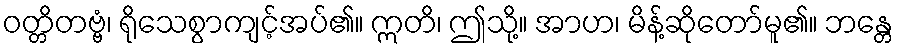
ဝတ္တိတဗ္ဗံ၊ ရိုသေစွာကျင့်အပ်၏။ ဣတိ၊ ဤသို့။ အာဟ၊ မိန့်ဆိုတော်မူ၏။ ဘန္တေ